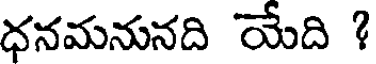
ధనమనునది యేది ?